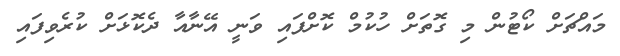
މައްޗަށް ކޯޓުން މި ގޮތަށް ހުކުމް ކޮށްފައި ވަނީ އޭނާއާ ދެކޮޅަށް ކުރެވިފައި